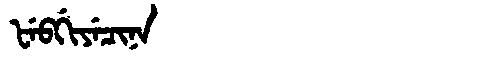
Manchu: ᡶᡝᠪᡤᡳᠶᡝᠴᡳᠨᠠ
Romanization: FEBGIYECINA